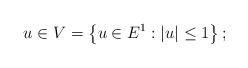
LaTeX: \begin{align*} u \in V =\left\{u \in E^1 : \left|u\right| \leq 1 \right\}; \end{align*}